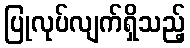
ပြုလုပ်လျက်ရှိသည့်